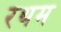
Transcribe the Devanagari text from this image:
रथम